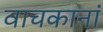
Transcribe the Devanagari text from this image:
वाचकानां